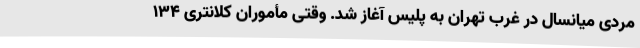
مردی میانسال در غرب تهران به پلیس آغاز شد. وقتی مأموران کلانتری ۱۳۴